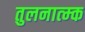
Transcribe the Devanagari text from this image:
तुलनात्म्क